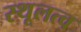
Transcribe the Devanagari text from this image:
स्थूलत्व